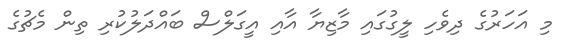
މި އަހަރުގެ ދިވެހި ލީގުގައި މާޒިޔާ އާއި އީގަލްސް ބައްދަލުކުރި ތިން މެޗުގެ